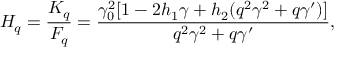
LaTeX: H _ { q } = \frac { K _ { q } } { F _ { q } } = \frac { \gamma _ { 0 } ^ { 2 } [ 1 - 2 h _ { 1 } \gamma + h _ { 2 } ( q ^ { 2 } \gamma ^ { 2 } + q \gamma ^ { \prime } ) ] } { q ^ { 2 } \gamma ^ { 2 } + q \gamma ^ { \prime } } ,